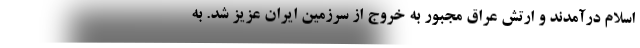
اسلام درآمدند و ارتش عراق مجبور به خروج از سرزمین ایران عزیز شد. به